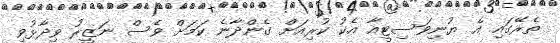
ތެރޭގައި އެ ޔުނިވަސިޓީއާ އެކު ކުރިއަށް ގެންދާނެ ކަމަށް ވެސް ނަޒީރު ވިދާޅުވި